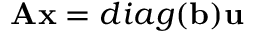
{ \bf A } { \bf x } = d i a g ( { \bf b } ) { \bf u }